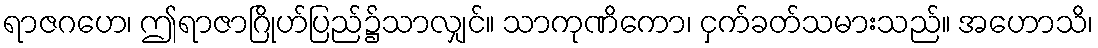
ရာဇဂဟေ၊ ဤရာဇာဂြိုဟ်ပြည်၌သာလျှင်။ သာကုဏိကော၊ ငှက်ခတ်သမားသည်။ အဟောသိ၊